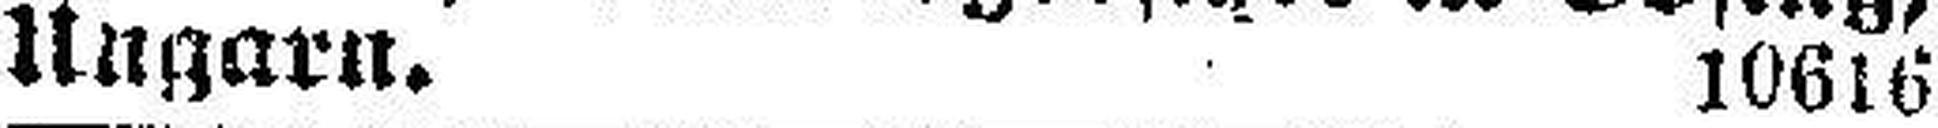
Ungarn. 10616